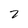
Character: 2